Laimjala_vallavalitsus, lk 18
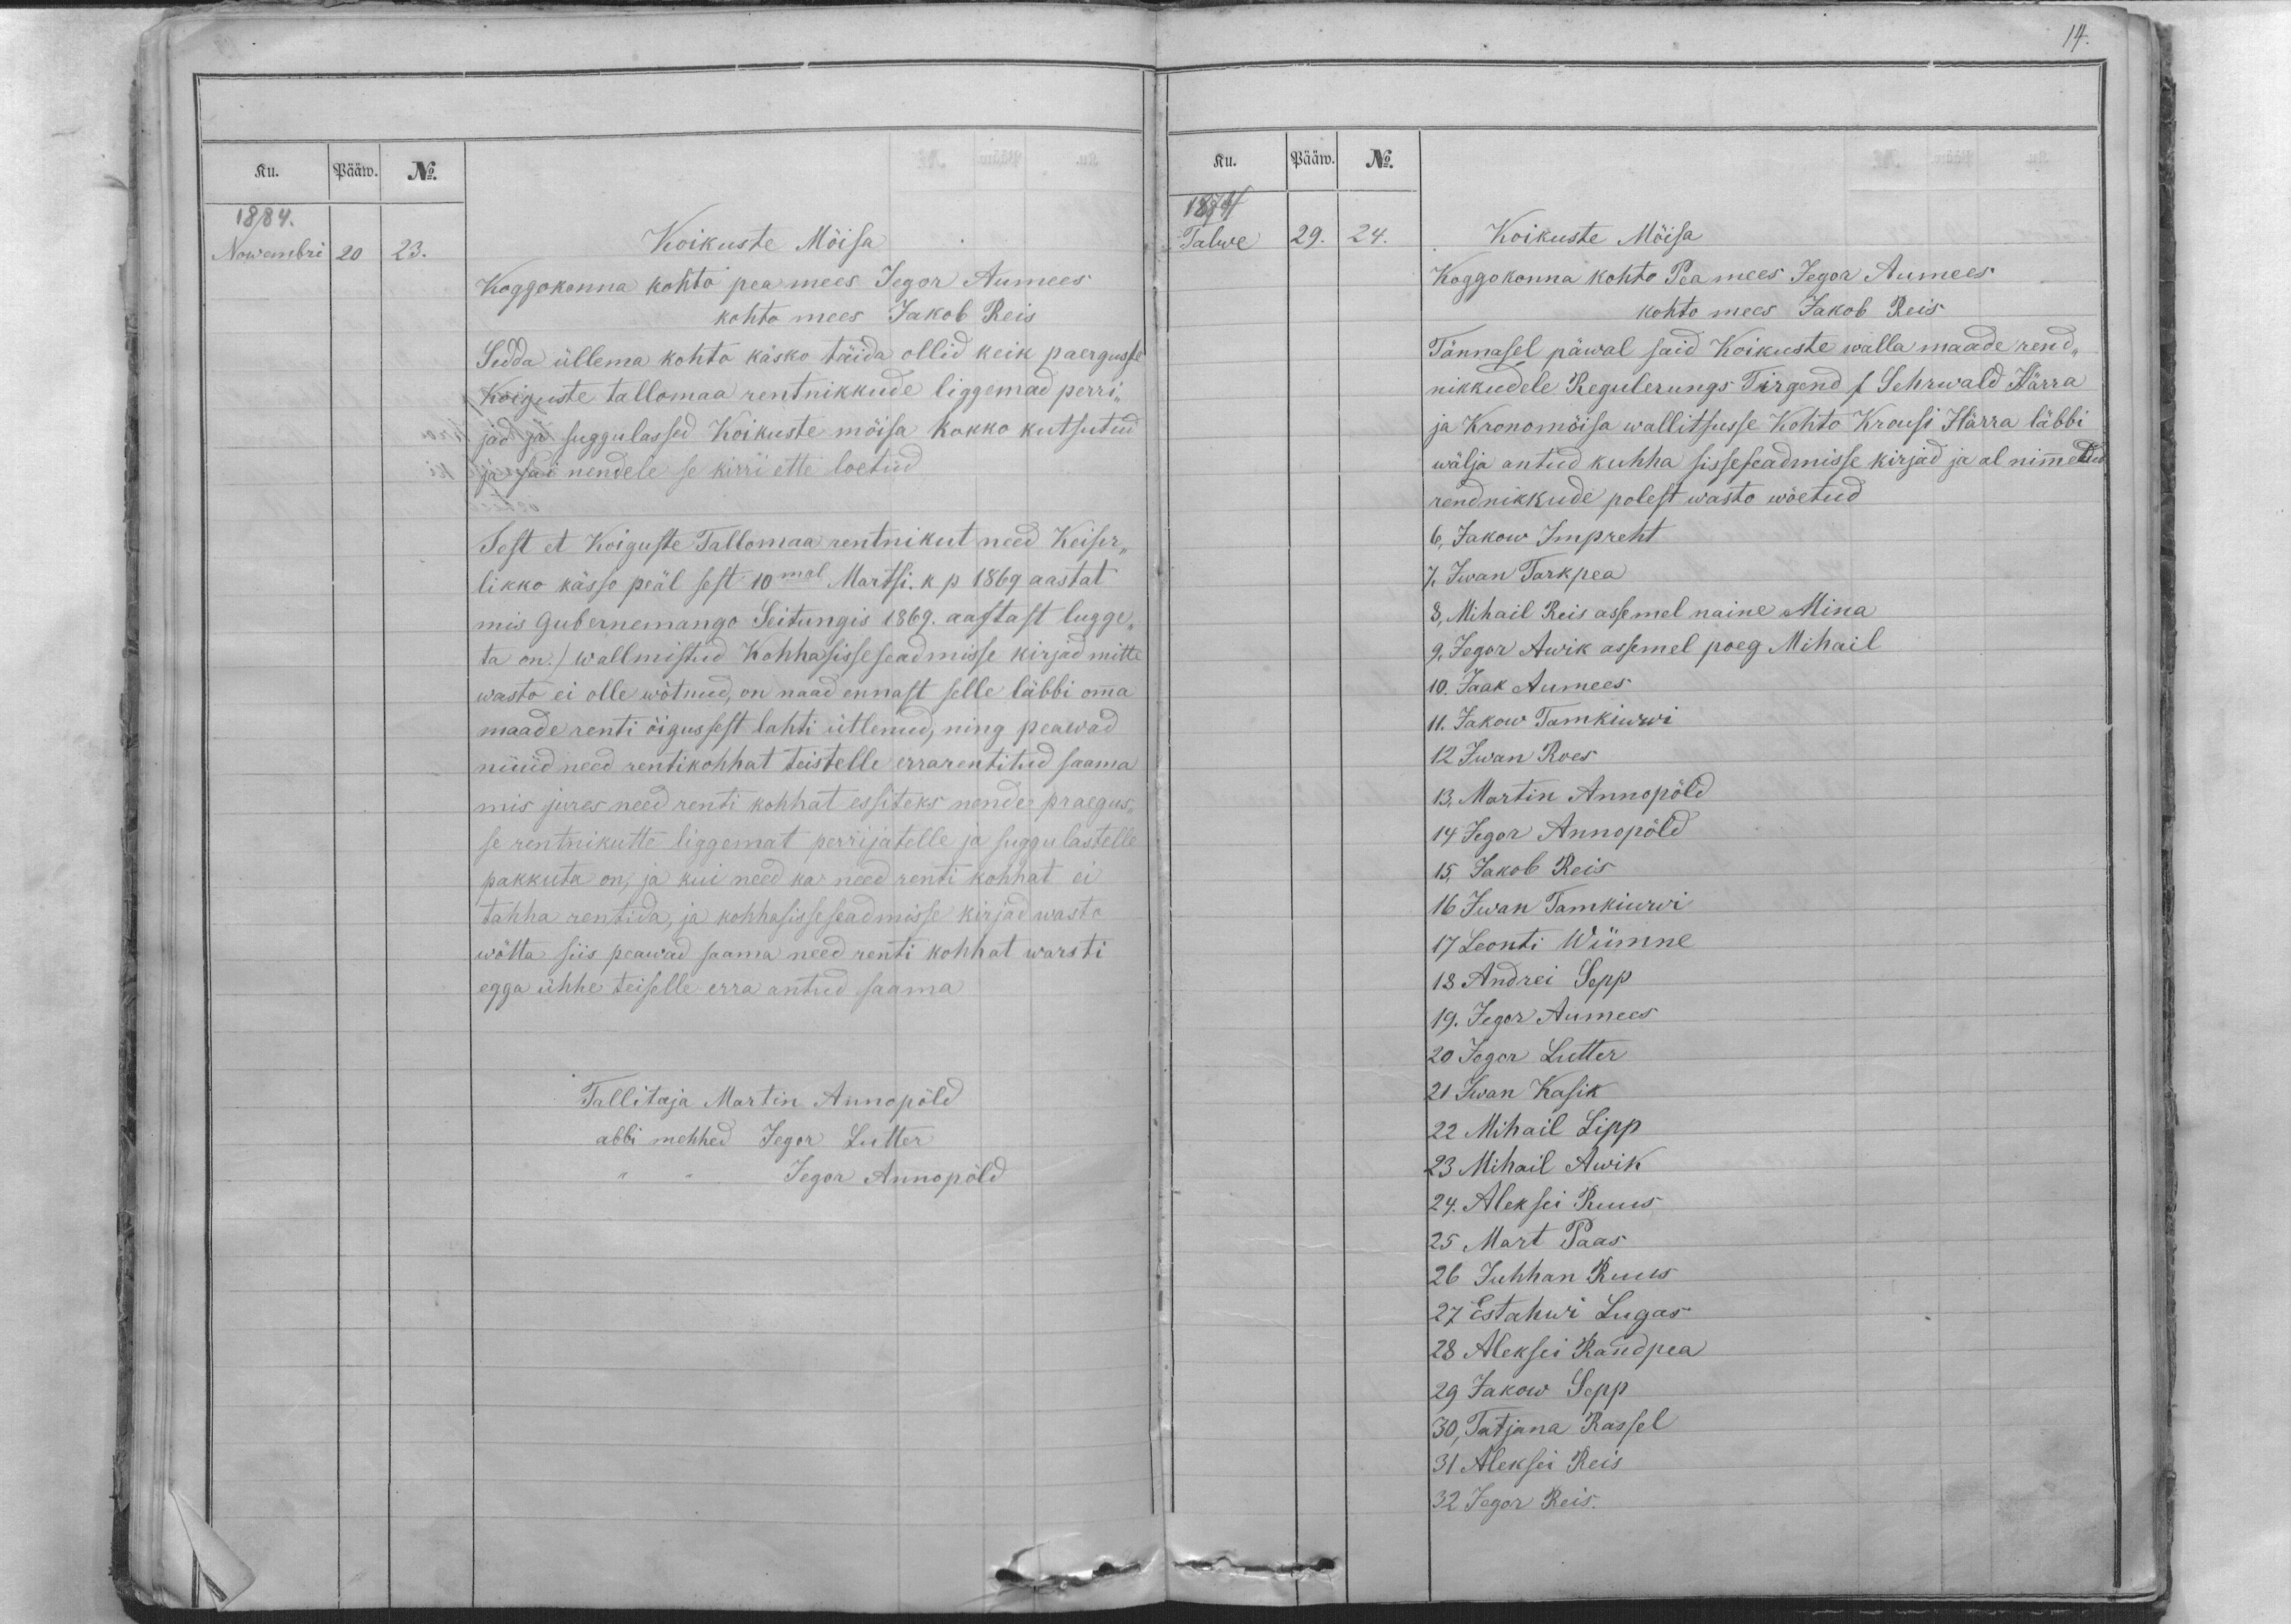
Ku.
Pääw.
No.
1884.
Nowembri
20
23.
Koikuste Möisa
Koggokonna kohto pea mees Jegor Aumees
kohto mees Jakob Reis
Sedda üllema kohto käsko täida ollid keik paergusse
Koiguste tallomaa rentnikkude liggemad perri-
jad ja suggulassed Koikuste möisa kokko kutsutud
ja sai nendele se kirri ette loetud
Sest et Koiguste Tallomaa rentnikut need Keiser-
likko kässo peäl sest 10mal Martsi. k p 1869 aastat
mis Gubernemango Seitungis 1869. aastast lugge-
ta on. / wallmistud Kohhasisseseadmisse kirjad mitte
wasto ei olle wötnud, on naad ennast selle läbbi omma
maade renti õigussest lahti ütlenud, ning peawad
nüüd need rentikohhat teistelle errarentitud saama
mis jures need renti kohhat essiteks nende praegus-
se rentnikutte liggemat perrijatelle ja suggulastelle
pakkuta on, ja kui need ka need renti kohhat ei
tahha rentida, ja kohhasisseseadmisse kirjad wasto
wõtta siis peawad saama need renti kohhat warsti
egga ühhe teiselle erra antud saama
Tallitaja Martin Annopöld
abbi mehhed Jegor Lutter
,, ,, Jegor Annopöld

Ku.
Pääw.
No.
1874
Talwe
29.
24.
Koikuste Möisa
Koggokonna kohto Pea mees Jegor Aumees
kohto mees Jakob Reis
Tännasel päwal said Koikuste walla maade rend-
nikkudele Regulerungs Tirgend  s Sehrwald Härra
ja Kronomöisa wallitsusse Kohto Krousi Härra läbbi
wälja antud kuhha sisseseadmisse kirjad ja al nimmetud
rendnikkude polest wasto wõetud
6, Jakow Impreht
7, Iwan Tarkpea
8, Mihail Reis assemel naine Mina
9, Jegor Awik assemel poeg Mihail
10. Jaak Aumees
11. Jakow Tamkiwwi
12 Iwan Roes
13, Martin Annopöld
14 Jegor Annopöld
15, Jakob Reis
16 Iwan Tamkiwwi
17 Leonti Wiimne
18 Andrei Sepp
19. Jegor Aumees
20 Jegor Lutter
21 Iwan Kasik
22 Mihail Lipp
23 Mihail Awik
24. Aleksei Ruus
25 Mart Paas
26 Juhhan Ruus
27 Estahwi Lugas
28 Aleksei Randpea
29 Jakow Sepp
30, Tatjana Rassel
31 Aleksei Reis
32 Jegor Reis.